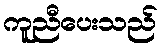
ကူညီပေးသည်